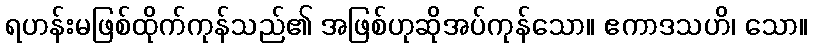
ရဟန်းမဖြစ်ထိုက်ကုန်သည်၏ အဖြစ်ဟုဆိုအပ်ကုန်သော။ ဧကာဒသဟိ၊ သော။